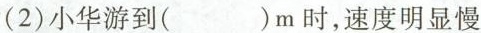
(2)小华游到( )m时，速度明显慢